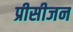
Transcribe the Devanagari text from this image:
प्रीसीजन